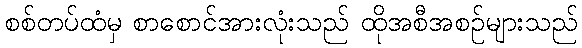
စစ်တပ်ထံမှ စာစောင်အားလုံးသည် ထိုအစီအစဉ်များသည်